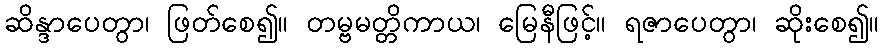
ဆိန္ဒာပေတွာ၊ ဖြတ်စေ၍။ တမ္ဗမတ္တိကာယ၊ မြေနီဖြင့်။ ရဇာပေတွာ၊ ဆိုးစေ၍။